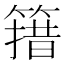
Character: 簎